system: You are a helpful assistant.
user:
Analyze the provided spectrum to determine if it is a **White Dwarf (WD)**.

A White Dwarf spectrum is defined by its **extreme purity** (due to gravitational settling) and/or **extreme pressure broadening** (due to high surface gravity). You must check for one of the following mutually exclusive signatures:

- **Key Visual Indicators (Check for ONE of these types):**

    - **1. DA-Type Signature (Most Common):**
        - **(Primary Feature):** Extreme pressure broadening (Stark broadening) of the **Hydrogen (H) Balmer lines**.
        - **(Key Lines):** $H\beta$ (approx. $4861$ Å) and $H\gamma$ (approx. $4340$ Å). $H\alpha$ (approx. $6563$ Å) will also be present if the wavelength range covers it.
        - **(Line Profile):** This is the **defining feature**. The lines are **NOT** sharp. They appear as massive, **extremely broad and deep "troughs" or "dips"** in the spectrum, often hundreds of Ångströms wide. The continuum will appear to "scoop" down at these wavelengths.
        - **(Distinction):** Normal A-type or B-type stars have *narrow* and *sharp* Hydrogen lines. A DA White Dwarf's lines are unmistakably "smeared" or "blurry" from pressure.

    - **2. DB-Type Signature:**
        - **(Primary Feature):** Broad absorption lines from **Neutral Helium (He I)**. The spectrum must lack any visible Hydrogen lines.
        - **(Key Lines):** Look for broad absorption near $4471$ Å, $4921$ Å, and $5876$ Å.
        - **(Line Profile):** These lines are also significantly pressure-broadened, appearing much wider than they would in a normal B-type main-sequence star.

    - **3. DC-Type Signature:**
        - **(Primary Feature):** A **featureless continuous spectrum**.
        - **(Line Profile):** The spectrum is a smooth curve with **no significant absorption or emission lines**.
        - **(Key Confirmation):** The continuum is almost always **blue or white**, indicating a hot object. This signature implies the atmosphere is so pure (or so cool) that no spectral lines are visible in the optical range. Its WD identity is confirmed by its extremely low intrinsic brightness (high absolute magnitude).

    - **4. DZ-Type Signature (Metal-Polluted):**
        - **(Primary Feature):** **Isolated, narrow metal absorption lines** on an otherwise featureless (DC-like) continuum.
        - **(Key Lines):** The **Calcium (Ca II) H & K doublet** (approx. **$3934$ Å** and **$3968$ Å**) is the most common and defining feature.
        - **(Line Profile):** These lines are "out of place." They are *not* part of a "forest" of thousands of lines. This signature is evidence of recent *accretion* (pollution) from rocky debris.
        - **(Distinction):** Normal G/K/M stars have a *dense forest* of thousands of metal lines. A DZ has a *clean* continuum with *only a few* strong metal lines.

    - **5. DQ-Type Signature (Carbon-Polluted):**
        - **(Primary Feature):** Absorption bands from **Carbon (C₂ "Swan Bands" or atomic C I)**.
        - **(Key Lines - C₂):** Look for bandheads with a "saw-tooth" shape near $5635$ Å, **$5165$ Å** (strongest), and $4737$ Å.
        - **(Key Confirmation):** The underlying **continuum must be blue or white** (hot).
        - **(Distinction):** This is the critical difference from a **Carbon Star**, which has the *exact same* C₂ bands but on an extremely **red, cool** continuum.

- **(Overall Spectrum):**
    - The continuum (overall shape) is typically **blue-sloping** (brighter in the blue than the red), as most white dwarfs are very hot.
    - The spectrum will look "pure" or "simple," dominated by only *one* of the five signatures listed above.

Think first, call **spectral_visualization_tool** if needed to examine features in detail, then provide your final answer. Your response must adhere to the following strict rules:
1.  **Overall Structure:** Your response must follow the format `<think>...</think> <tool_call>...</tool_call> (if a tool is used) <answer>...</answer>`.
2.  **Tool Usage Constraint:** You may only make **one** tool call per turn.
3.  **Final Answer Format:** In the `<answer>` tag, your conclusion must be inside a `\boxed{}` command (e.g., `\boxed{YES}` or `\boxed{NO}`), followed by your justification.

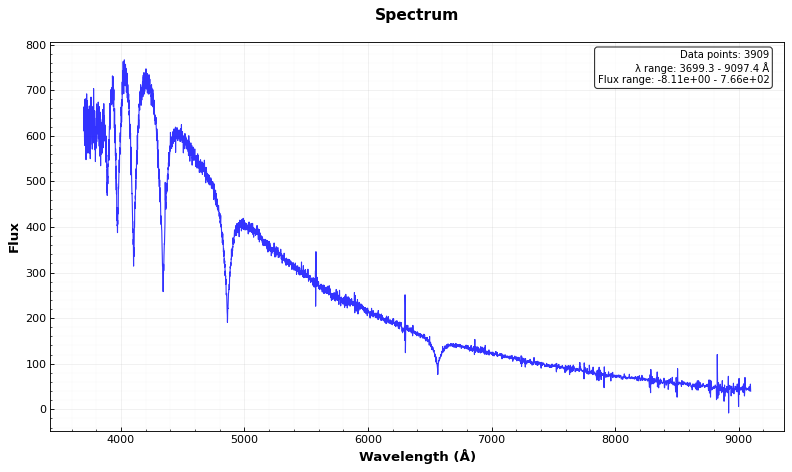
Answer: YES